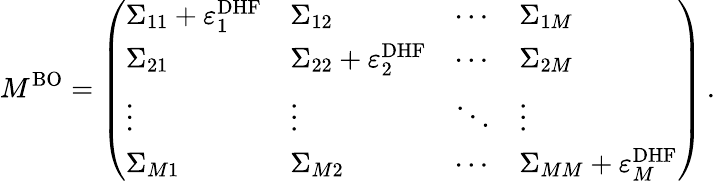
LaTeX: M^{\mathrm{BO}}=\left(\begin{array}{llll}{\Sigma_{11}+\varepsilon_{1}^{\mathrm{DHF}}}&{\Sigma_{12}}&{\cdots}&{\Sigma_{1M}}\\ {\Sigma_{21}}&{\Sigma_{22}+\varepsilon_{2}^{\mathrm{DHF}}}&{\cdots}&{\Sigma_{2M}}\\ {\vdots}&{\vdots}&{\ddots}&{\vdots}\\ {\Sigma_{M1}}&{\Sigma_{M2}}&{\cdots}&{\Sigma_{MM}+\varepsilon_{M}^{\mathrm{DHF}}}\end{array}\right)\, .